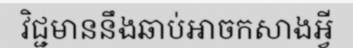
វិជ្ជមាននឹងឆាប់អាចកសាងអ្វី